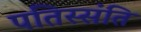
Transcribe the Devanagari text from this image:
पतिस्संति